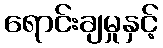
ရောင်းချမှုနှင့်